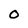
Character: o